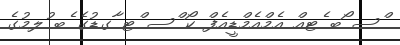
ްސ ޯބ ެޓއް އެމްއެމްޑީއެފް ކޯ ްސ ްޓ ާގޑުގެ ެބ ުލމުގެ